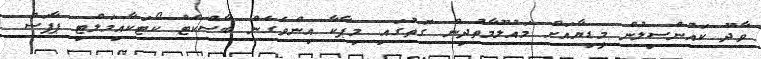
ވާދޫ ކައުންސިލުން މީޑިޔާއަށް މައުލޫމާތުދިން ގޮތުގައި މިޕާކާ އިންވެގެން ބާސްކެޓް ކޯޓަކާއިމަލްޓި ޕާޕަސް